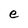
Character: e